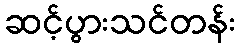
ဆင့်ပွားသင်တန်း